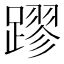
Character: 蹘